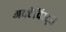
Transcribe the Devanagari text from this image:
अक्टेविस्ट्स